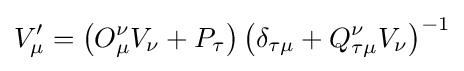
V_{\mu }^{\prime }=\left(O_{\mu }^{\nu }V_{\nu }+P_{\tau }\right)\left(\delta _{\tau \mu }+Q_{\tau \mu }^{\nu }V_{\nu }\right)^{-1}